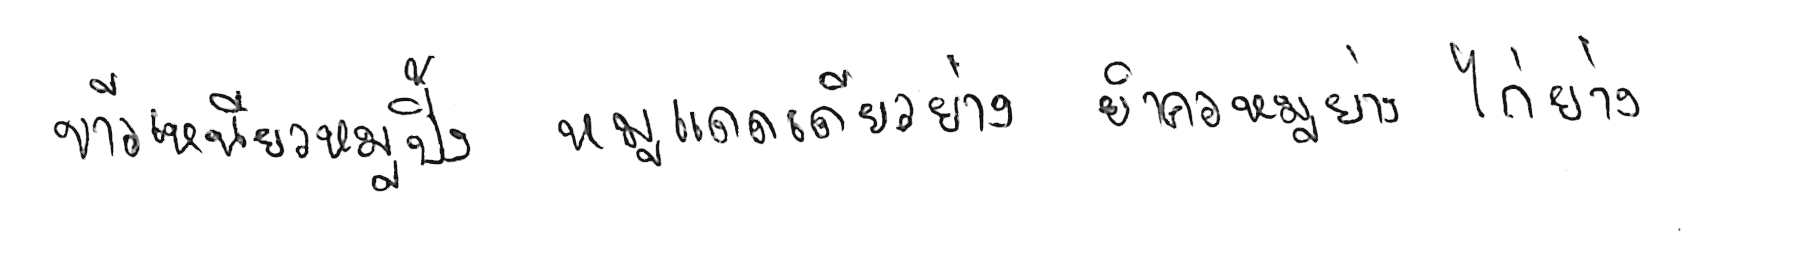
ข้าวเหนียวหมูปิ้ง หมูแดดเดียวย่าง ยำคอหมูย่าง ไก่ย่าง